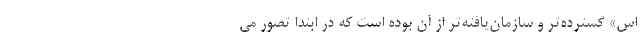
اس» گسترده‌تر و سازمان‌یافته‌تر از آن بوده است که در ابتدا تصور می